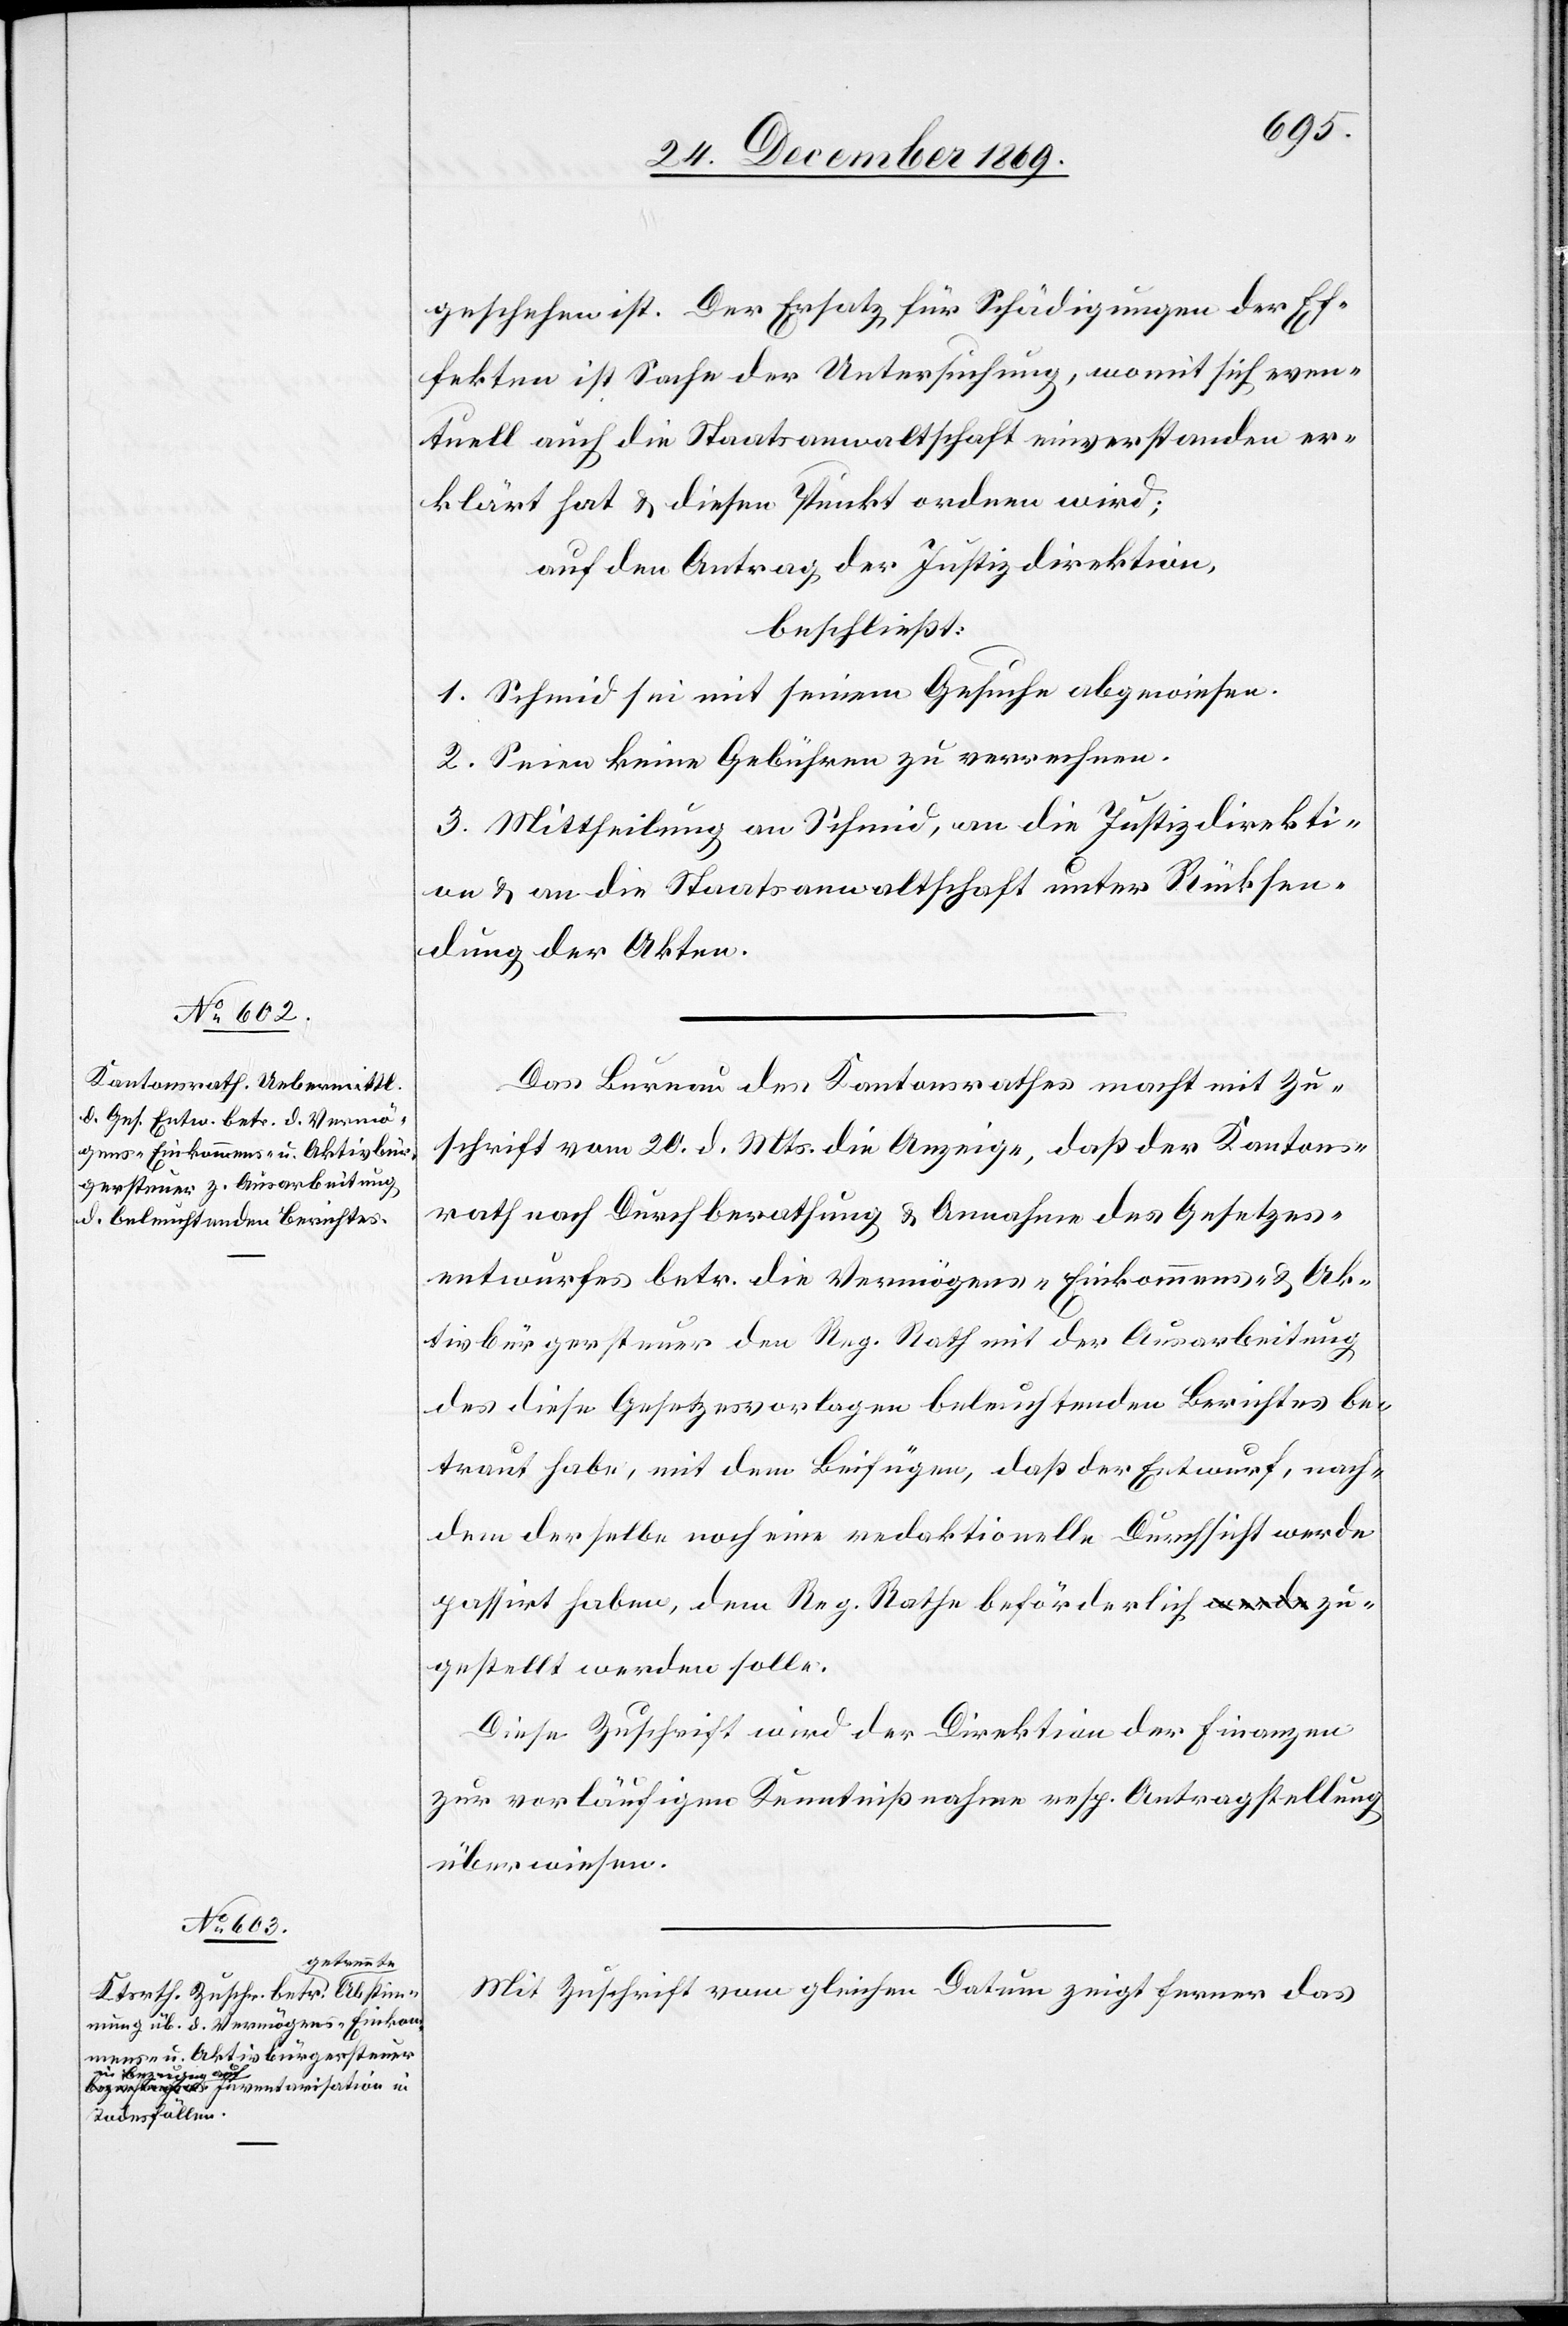
geschehen ist. Der Ersatz für Schädigungen der Ef¬
fekten ist Sache der Untersuchung, womit sich even¬
tuell auch die Staatsanwaltschaft einverstanden er¬
klärt hat & diesen Punkt ordnen wird;
auf den Antrag der Justizdirektion,
beschließt:
1. Schmid sei mit seinem Gesuche abgewiesen.
2. Seien keine Gebühren zu verrechnen.
3. Mittheilung an Schmid, an die Justizdirekti¬
on & an die Staatsanwaltschaft unter Rücksen¬
dung der Akten.
Das Bureau des Kantonsrathes macht mit Zu¬
schrift vom 20. d. Mts. die Anzeige, daß der Kantons¬
rath nach Durchberathung & Annahme des Gesetzes¬
entwurfes betr. die Vermögens-[,] Einkommens- & Ak¬
tivbürgersteuer den Reg. Rath mit der Ausarbeitung
des diese Gesetzesvorlagen beleuchtenden Berichtes be¬
traut habe, mit dem Beifügen, daß der Entwurf, nach¬
dem derselbe noch eine redaktionelle Durchsicht werde
passirt haben, dem Reg. Rathe beförderlich a-werde-a zu¬
gestellt werden solle.
Diese Zuschrift wird der Direktion der Finanzen
zur vorläufigen Kenntnißnahme resp. Antragstellung
überwiesen.
Mit Zuschrift vom gleichen Datum zeigt ferner das